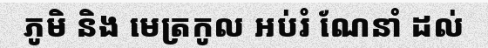
ភូមិ និង មេត្រកូល អប់រំ ណែនាំ ដល់